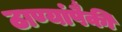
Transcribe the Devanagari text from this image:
ठाण्यांपैकी